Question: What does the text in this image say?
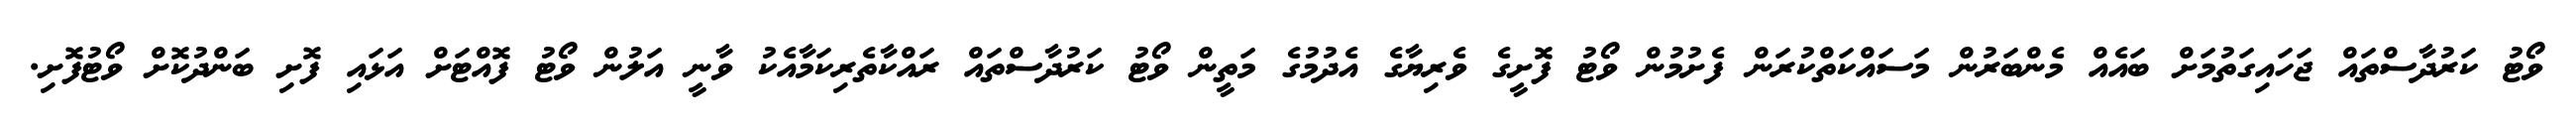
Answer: ވޯޓު ކަރުދާސްތައް ޖަހައިގަތުމަށް ބައެއް މެންބަރުން މަސައްކަތްކުރަން ފެށުމުން ވޯޓު ފޮށީގެ ވެރިޔާގެ އެދުމުގެ މަތީން ވޯޓު ކަރުދާސްތައް ރައްކާތެރިކަމާއެކު ވާނީ އަލުން ވޯޓު ފޮއްޓަށް އަޅައި ފޮށި ބަންދުކޮށް ވޯޓުފޮށި.